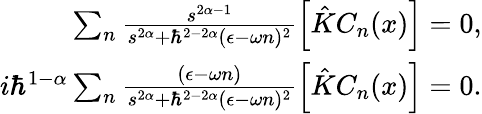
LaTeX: \begin{array}{r}{\sum_{n}\frac{s^{2\alpha-1}}{s^{2\alpha}+\hbar^{2-2\alpha}(\epsilon-\omega n)^{2}}\left[\hat{K}C_{n}(x)\right]=0,}\\ {i\hbar^{1-\alpha}\sum_{n}\frac{(\epsilon-\omega n)}{s^{2\alpha}+\hbar^{2-2\alpha}(\epsilon-\omega n)^{2}}\left[\hat{K}C_{n}(x)\right]=0.}\end{array}